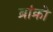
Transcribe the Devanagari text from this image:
ब्रांक्रो